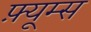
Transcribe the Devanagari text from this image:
फ़्यूम्स